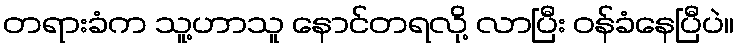
တရားခံက သူ့ဟာသူ နောင်တရလို့ လာပြီး ဝန်ခံနေပြီပဲ။